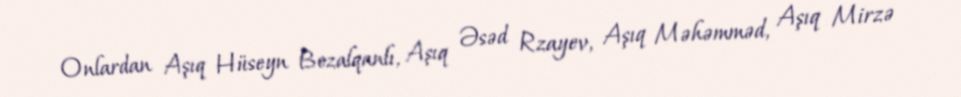
Onlardan Aşıq Hüseyn Bozalqanlı, Aşıq Əsəd Rzayev, Aşıq Məhəmməd, Aşıq Mirzə